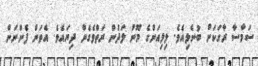
ސަމާސާ ރާގަކަށް ބުނެލިއެވެ. ލިލިއަންގެ މޫނު ލަދުން ރަތްވެގެން ދިޔައެވެ. އެތަން ފެންނަން